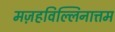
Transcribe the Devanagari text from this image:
मज़हविल्लिनात्तम